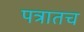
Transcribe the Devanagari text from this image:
पत्रातच